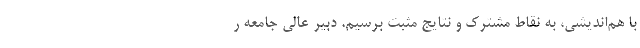
با هم‌اندیشی، به نقاط مشترک و نتایج مثبت برسیم. دبیر عالی جامعه ر